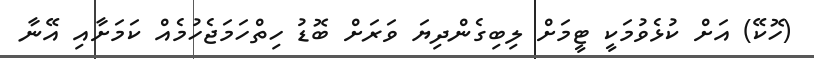
(ހޮކޭ) އަށް ކުޅެވުމަކީ ޓީމަށް ލިބިގެންދިޔަ ވަރަށް ބޮޑު ހިތްހަމަޖެހުމެއް ކަމަށާއި އޭނާ